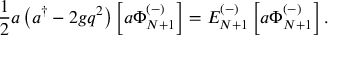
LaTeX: { \frac { 1 } { 2 } } a \left( a ^ { \dagger } - 2 g q ^ { 2 } \right) \left[ a \Phi _ { N + 1 } ^ { ( - ) } \right] = E _ { N + 1 } ^ { ( - ) } \left[ a \Phi _ { N + 1 } ^ { ( - ) } \right] .